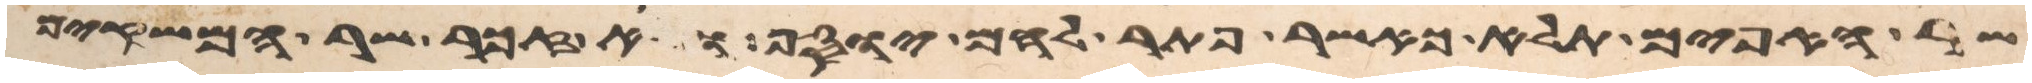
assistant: שר האפים תלא כאשר פתר להם יוסף ולא זכר שר המשקים